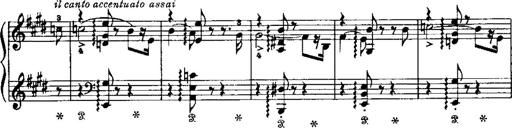
Title: LiebestrÃ¤ume
Composer: Franz Behr
Key: E-flat major